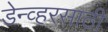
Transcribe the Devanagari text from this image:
डेन्व्हरसाठी